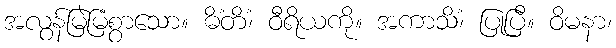
အလွန်မြဲမြံစွာသော။ ဓိံတိံ၊ ဝီရိယကို။ အကာသိံ၊ ပြုပြီ။ ဝိမနာ၊